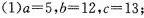
(1)$$a = 5$$，$$b = 1 2$$，$$c = 1 3$$；